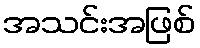
အသင်းအဖြစ်